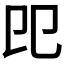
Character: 𠨎